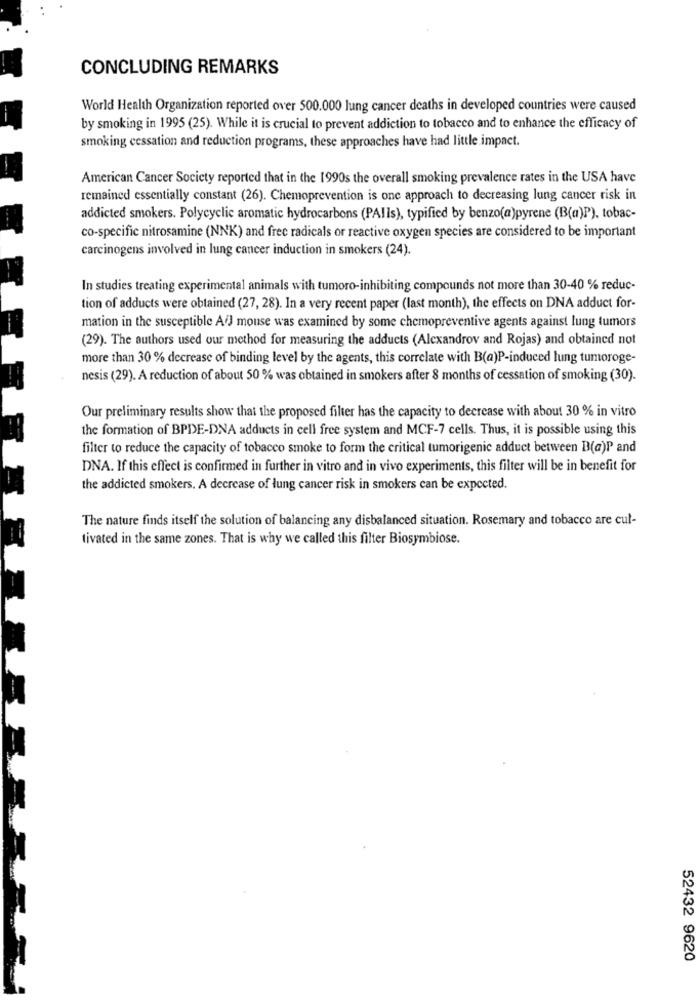
CONCLUDING REMARKS
World Health Organization reported over 500.000 lung cancer deaths in developed countries were caused
by smoking in 1995 (25). While it is crucial to prevent addiction to tobacco and to enhance the efficacy of
smoking cessation and reduction programs, these approaches have had little impact.
American Cancer Society reported that in the 1990s the overall smoking prevalence rates in the USA have
remained essentially constant (26). Chemoprevention is one approach to decreasing lung cancer risk in
addicted smokers. Polycyclic aromatic hydrocarbons (PAIls), typified by benzo(a)pyrene (B(a)P), tobac-
co-specific nitrosamine (NNK) and free radicals or reactive oxygen species are considered to be important
carcinogens involved in lung cancer induction in smokers (24).
In studies treating experimental animals with tumoro-inhibiting compounds not more than 30-40 % reduc-
tion of adducts were obtained (27, 28). In a very recent paper (last month), the effects on DNA adduct for-
mation in the susceptible A/J mouse was examined by some chemopreventive agents against lung tumors
(29). The authors used our method for measuring the adducts (Alexandrov and Rojas) and obtained not
more than 30 % decrease of binding level by the agents, this correlate with B(a)P-induced lung tumoroge-
nesis (29). A reduction of about 50 % was obtained in smokers after 8 months of cessation of smoking (30).
Our preliminary results show that the proposed filter has the capacity to decrease with about 30 % in vitro
the formation of BPDE-DNA adducts in cell free system and MCF-7 cells. Thus, it is possible using this
filter to reduce the capacity of tobacco smoke to form the critical tumorigenic adduct between B(a)P and
DNA. If this effect is confirmed in further in vitro and in vivo experiments, this filter will be in benefit for
the addicted smokers. A decrease of lung cancer risk in smokers can be expected.
The nature finds itself the solution of balancing any disbalanced situation. Rosemary and tobacco are cul-
tivated in the same zones. That is why we called this filter Biosymbiose.
52432 9620